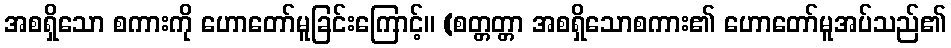
အစရှိသော စကားကို ဟောတော်မူခြင်းကြောင့်။ (စတ္တတ္တာ အစရှိသောစကား၏ ဟောတော်မူအပ်သည်၏